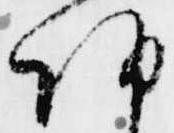
朝